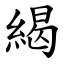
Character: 䋵